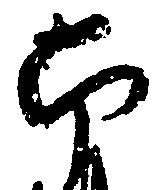
南